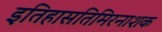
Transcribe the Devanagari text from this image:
इतिहासतिमिरनाशक